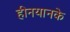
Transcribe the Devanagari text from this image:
हीनयानके